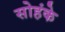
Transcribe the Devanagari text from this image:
सोहंके